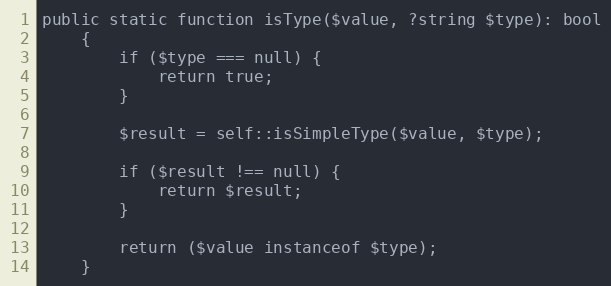
Language: PHP
public static function isType($value, ?string $type): bool
    {
        if ($type === null) {
            return true;
        }

        $result = self::isSimpleType($value, $type);

        if ($result !== null) {
            return $result;
        }

        return ($value instanceof $type);
    }